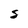
Character: S